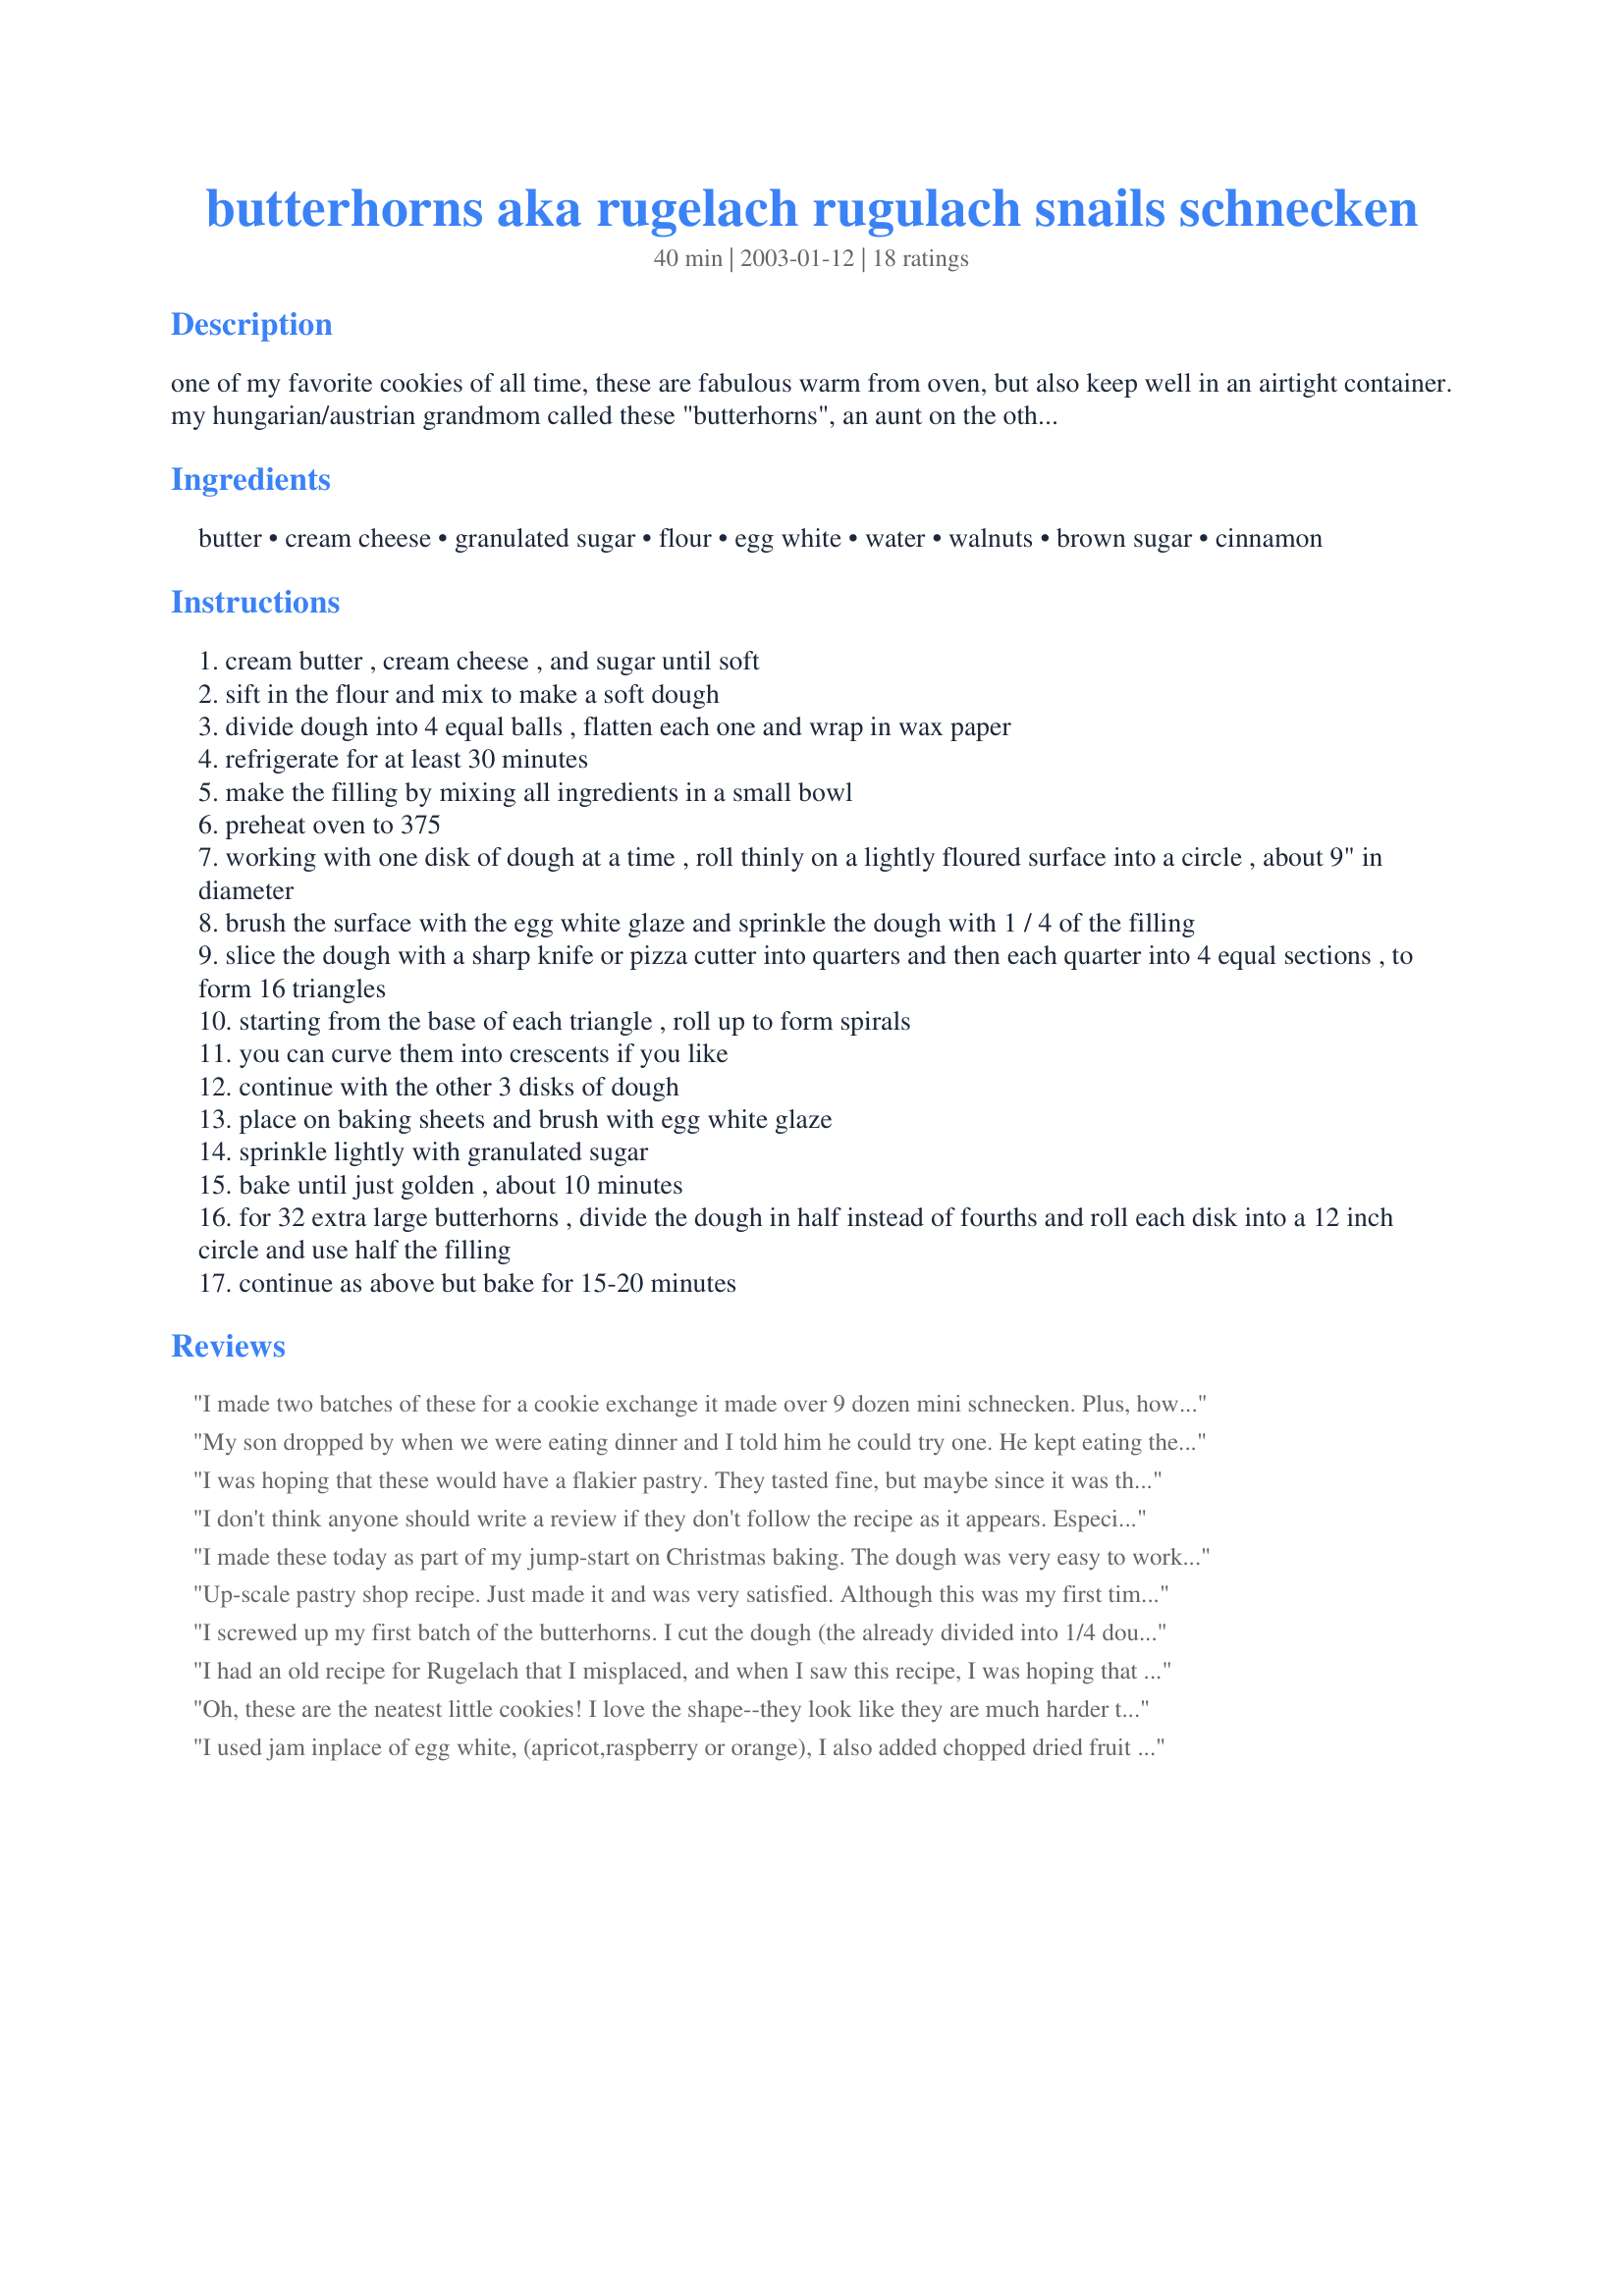
butterhorns aka rugelach rugulach snails schnecken
Preparation time: 40 minutes

one of my favorite cookies of all time, these are fabulous warm from oven, but also keep well in an airtight container. my hungarian/austrian grandmom called these "butterhorns", an aunt on the other side called her version "schnecken" and i have seen versions of this also under "rugelach" or "rululach". it really does not matter what they are called, they are awesome!!!! (chill time not included)

Ingredients:
butter, cream cheese, granulated sugar, flour, egg white, water, walnuts, brown sugar, cinnamon

Steps:
cream butter , cream cheese , and sugar until soft
sift in the flour and mix to make a soft dough
divide dough into 4 equal balls , flatten each one and wrap in wax paper
refrigerate for at least 30 minutes
make the filling by mixing all ingredients in a small bowl
preheat oven to 375
working with one disk of dough at a time , roll thinly on a lightly floured surface into a circle , about 9" in diameter
brush the surface with the egg white glaze and sprinkle the dough with 1 / 4 of the filling
slice the dough with a sharp knife or pizza cutter into quarters and then each quarter into 4 equal sections , to form 16 triangles
starting from the base of each triangle , roll up to form spirals
you can curve them into crescents if you like
continue with the other 3 disks of dough
place on baking sheets and brush with egg white glaze
sprinkle lightly with granulated sugar
bake until just golden , about 10 minutes
for 32 extra large butterhorns , divide the dough in half instead of fourths and roll each disk into a 12 inch circle and use half the filling
continue as above but bake for 15-20 minutes

Reviews:
I made two batches of these for a cookie exchange it made over 9 dozen mini schnecken. Plus, how awesome is Schnecken to say? :) They are very good and pretty darn easy too!
My son dropped by when we were eating dinner and I told him he could try one. He kept eating them and wanted some to take home. My son is not a complimenter and he told me 3 times the Rugelach were very good. Very easy recipe. Next time, I'm trying the jam suggestion - good idea.
I was hoping that these would have a flakier pastry. They tasted fine, but maybe since it was the first time I ever ate them I was expecting them to be different.
I don't think anyone should write a review if they don't follow the recipe as it appears. Especially if they leave out a crutial ingredient.
I made these today as part of my jump-start on Christmas baking. The dough was very easy to work with and the directions were simple to follow. Although the first couple of trays I made didn't look as pretty, once I got the hang of rolling and glazing I found the process to go very quickly. The taste was exactly what I was looking for. For some reason mine turned out too small for the optional "curving shape". Thank you so much for posting this recipe. These are a keeper and I'm glad I decided to try them!
Up-scale pastry shop recipe. Just made it and was very satisfied. Although this was my first time baking something like this,(a couple of small errors) the next time I am sure it will be perfect. Easy, superior taste and texture. If you want to push the envelope; drizzle with honey after taking it out of the oven.
Thanks for a delicious recipe.
I screwed up my first batch of the butterhorns. I cut the dough (the already divided into 1/4 dough)into 4 quarters with a pizza cutter. Then I just rolled the big trianglar pieces and tried to make 4 big pieces of butterhorns. The result is surprisingly Good! I think the outside of the butterhorn was only half way done (but I guess since I used jam instead of egg white, it is okay that it is not fully cooked)I told my husband," it is not quite done yet and it tastes like apple pie". My husband tried and he said, "it tastes much better than an apple pie, it is delicious!". Thanks Karen for the great recipe. How do you pronounce this in Hungarian?
I had an old recipe for Rugelach that I misplaced, and when I saw this recipe, I was hoping that it would be the same one. That didn't work out, but they were good, tho not what I expected. It was always hard for me to roll a circle with dough, but the filling seemed a bit dry and lots of it fell off the dough, even tho I followed exactly as written. They do look a lot harder to make, than they really are, but my expectations were higher. Sorry that I couldn't give it a higher rating, but they still are a worthy cookie to make and serve to company. I will try them again, and try and figure some way to moisten the filling so that it doesn't fall off. I also think (not sure) that my old recipe called for cream cheese in the dough, which may be the reason why it tasted different from what I expected. Thank you, Karen, for sharing this recipe. ADDED NOTE: I was informed by Karen that the reason that some of the filling fell out, was because I did not press it into the dough; something that I will do next time, after librally brushing it with the egg white glaze. Also, I regretfully neglected to add the cream cheese (major oversight). I somehow missed that important ingredient, and therefore, the rating. As soon as I bake these again, I will re-rate this recipe, and make the proper adjustment. My apologies to Karen!
Oh, these are the neatest little cookies! I love the shape--they look like they are much harder to make than they are. And they taste divine! I filled mine with chopped walnuts, and, oh! they're nutty heaven! I made most of them for my grandpa, and he LOVED them. Thanks for the recipe!
I used jam inplace of egg white,
(apricot,raspberry or orange), I also added chopped dried fruit to the filling (plum, cherry or cranberry). I made this last Christmas and will make again this year, LOVE, LOVE them.
This is great! I am making this recipe tonight to take to the lounge room at the funeral home tomorrow where my family will be all day for my Aunt who passed away. I wanted something sweet, and easy to eat - finger food but not necessarily chocolate. Lets face it, EVERYONE brings chocolate - I like to be different. ;) This recipe was SO EASY! They TASTE GREAT! Major bonus points for this being so easy to follow that I was able to prep the dough and throw it in the fridge in the morning before work and then come home after a long day and not start filling and rolling until 10:00 p.m. AND THEY STILL TURNED OUT! My brain is fried right now from work, stress and exhaustion and I still managed to make these, and they taste good. It doesn't get better than that!
Yum Yum Yum!! I made some of these this afternoon....they're almost all gone! My DH has been eating them up...as have I! Thankfully I have some more dough in the fridge, will make some more in the morning. They are a little bit of work, but well worth it!
I made these cookies for a party last weekend and they were a huge hit! The recipe is extremely easy to follow and the dough rolls out beautifully. Thanks so much for this great recipe.
I&#039;ve had rugelach tons of times growing up, and they never did anything for me. However, today I needed to make something for my in-laws, and I had a huge block of cream cheese from costco in the fridge, so I decided to make these. After they finished one, I tried it just to make sure it was edible, and... it was soooo good! I couldn&#039;t believe it! Maybe I DO like rugelach, and just never had had good ones! They were easy and gorgeous. Only substitution was hazelnuts for walnuts.
These were awesome! They didn't take all that long and very easy to make. Taste delicious! Simple yet elegant. What a treat!! This recipe a keeper. Thank you for sharing.
This was so easy to make! My 9 yr old son helped and was so proud of himself, lol. They were delish.
These have been my husband's favorite Christmas cookies so far this year and rank really highly on my list as well. They went over really well at my Christmas party at work too. They were delicious and reasonably easy to make.
I fell in love with all kinds of Austrian pastries while traveling in Austria and dining at Vienna&#039;s Demel. I made these cookies as one of my Christmas gifts for my dad last year. Since my dad has a nut allergy, I substituted toasted sesame seeds for the walnuts or pecans. The dough bakes to be light and flaky while the cinnamon, brown sugar filling melts and caramelizes developing a surprisingly deep, delicious taste. My father actually mistook the filling for date spread or fig jam because of its intensely fragrant flavor. Thank you, Karen=^..^=, for this beautiful Eastern European delight!
